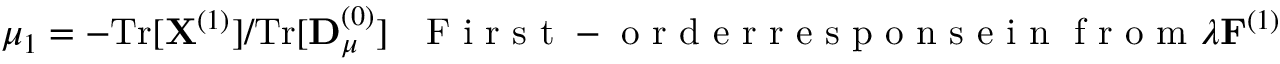
\mu _ { 1 } = - \mathrm { T r } [ { \bf X } ^ { ( 1 ) } ] / \mathrm { T r } [ { \bf D } _ { \mu } ^ { ( 0 ) } ] ~ ~ \mathrm { ~ F ~ i ~ r ~ s ~ t ~ - ~ o ~ r ~ d ~ e ~ r ~ r ~ e ~ s ~ p ~ o ~ n ~ s ~ e ~ i ~ n ~ } \mathrm { ~ f ~ r ~ o ~ m ~ } \lambda { \bf F } ^ { ( 1 ) }